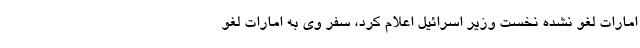
امارات لغو نشده نخست وزیر اسرائیل اعلام کرد، سفر وی به امارات لغو